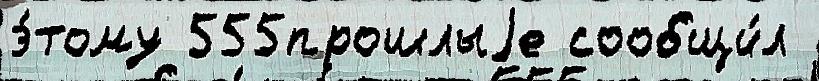
э́тому 555прошлыjе сообщи́л